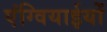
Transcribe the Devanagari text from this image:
एंग्वियाईयों